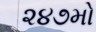
૨૪૭મો